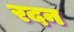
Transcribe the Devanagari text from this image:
रदन